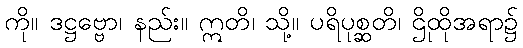
ကို။ ဒဋ္ဌဗ္ဗော၊ နည်း။ ဣတိ၊ သို့။ ပရိပုစ္ဆတိ၊ ဌိုထိုအရာ၌